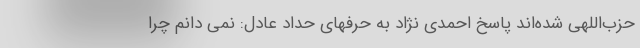
حزب‌اللهی شده‌اند پاسخ احمدی نژاد به حرفهای حداد عادل: نمی دانم چرا